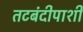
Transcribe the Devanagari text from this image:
तटबंदीपाशी